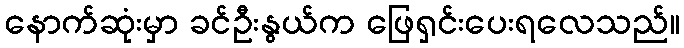
နောက်ဆုံးမှာ ခင်ဦးနွယ်က ဖြေရှင်းပေးရလေသည်။